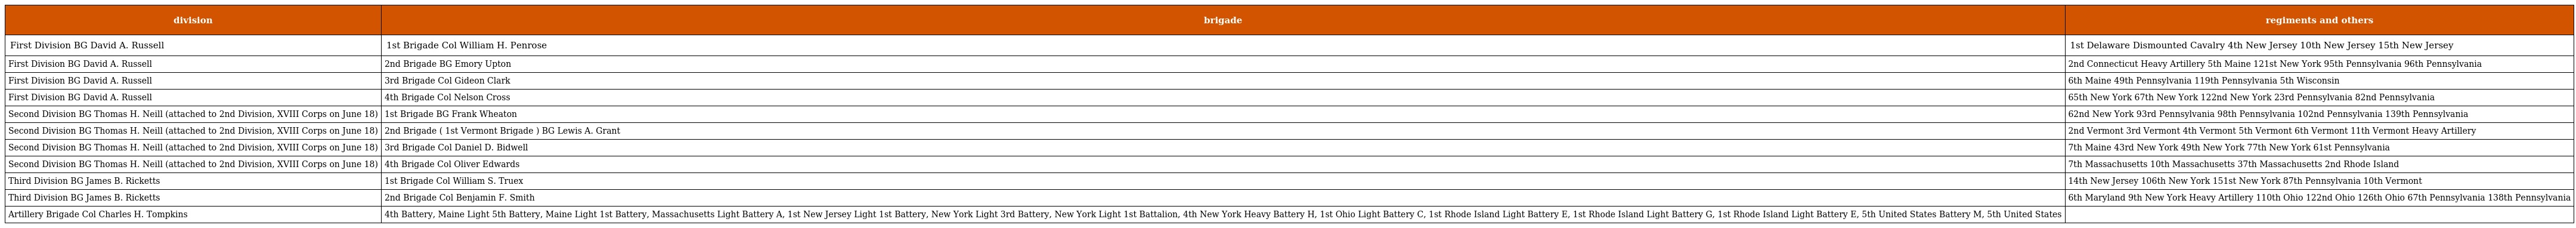
| division | brigade | regiments and others |
 | --- | --- | --- |
 | First Division BG David A. Russell | 1st Brigade Col William H. Penrose | 1st Delaware Dismounted Cavalry 4th New Jersey 10th New Jersey 15th New Jersey |
 | First Division BG David A. Russell | 2nd Brigade BG Emory Upton | 2nd Connecticut Heavy Artillery 5th Maine 121st New York 95th Pennsylvania 96th Pennsylvania |
 | First Division BG David A. Russell | 3rd Brigade Col Gideon Clark | 6th Maine 49th Pennsylvania 119th Pennsylvania 5th Wisconsin |
 | First Division BG David A. Russell | 4th Brigade Col Nelson Cross | 65th New York 67th New York 122nd New York 23rd Pennsylvania 82nd Pennsylvania |
 | Second Division BG Thomas H. Neill (attached to 2nd Division, XVIII Corps on June 18) | 1st Brigade BG Frank Wheaton | 62nd New York 93rd Pennsylvania 98th Pennsylvania 102nd Pennsylvania 139th Pennsylvania |
 | Second Division BG Thomas H. Neill (attached to 2nd Division, XVIII Corps on June 18) | 2nd Brigade ( 1st Vermont Brigade ) BG Lewis A. Grant | 2nd Vermont 3rd Vermont 4th Vermont 5th Vermont 6th Vermont 11th Vermont Heavy Artillery |
 | Second Division BG Thomas H. Neill (attached to 2nd Division, XVIII Corps on June 18) | 3rd Brigade Col Daniel D. Bidwell | 7th Maine 43rd New York 49th New York 77th New York 61st Pennsylvania |
 | Second Division BG Thomas H. Neill (attached to 2nd Division, XVIII Corps on June 18) | 4th Brigade Col Oliver Edwards | 7th Massachusetts 10th Massachusetts 37th Massachusetts 2nd Rhode Island |
 | Third Division BG James B. Ricketts | 1st Brigade Col William S. Truex | 14th New Jersey 106th New York 151st New York 87th Pennsylvania 10th Vermont |
 | Third Division BG James B. Ricketts | 2nd Brigade Col Benjamin F. Smith | 6th Maryland 9th New York Heavy Artillery 110th Ohio 122nd Ohio 126th Ohio 67th Pennsylvania 138th Pennsylvania |
 | Artillery Brigade Col Charles H. Tompkins | 4th Battery, Maine Light 5th Battery, Maine Light 1st Battery, Massachusetts Light Battery A, 1st New Jersey Light 1st Battery, New York Light 3rd Battery, New York Light 1st Battalion, 4th New York Heavy Battery H, 1st Ohio Light Battery C, 1st Rhode Island Light Battery E, 1st Rhode Island Light Battery G, 1st Rhode Island Light Battery E, 5th United States Battery M, 5th United States |  |